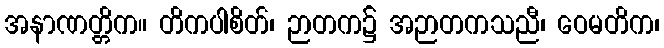
အနာဏတ္တိက။ တိကပါစိတ်၊ ဉာတက၌ အဉာတကသညီ၊ ဝေမတိက၊